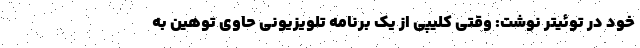
خود در توئیتر نوشت: وقتی کلیپی از یک برنامه تلویزیونی حاوی توهین به